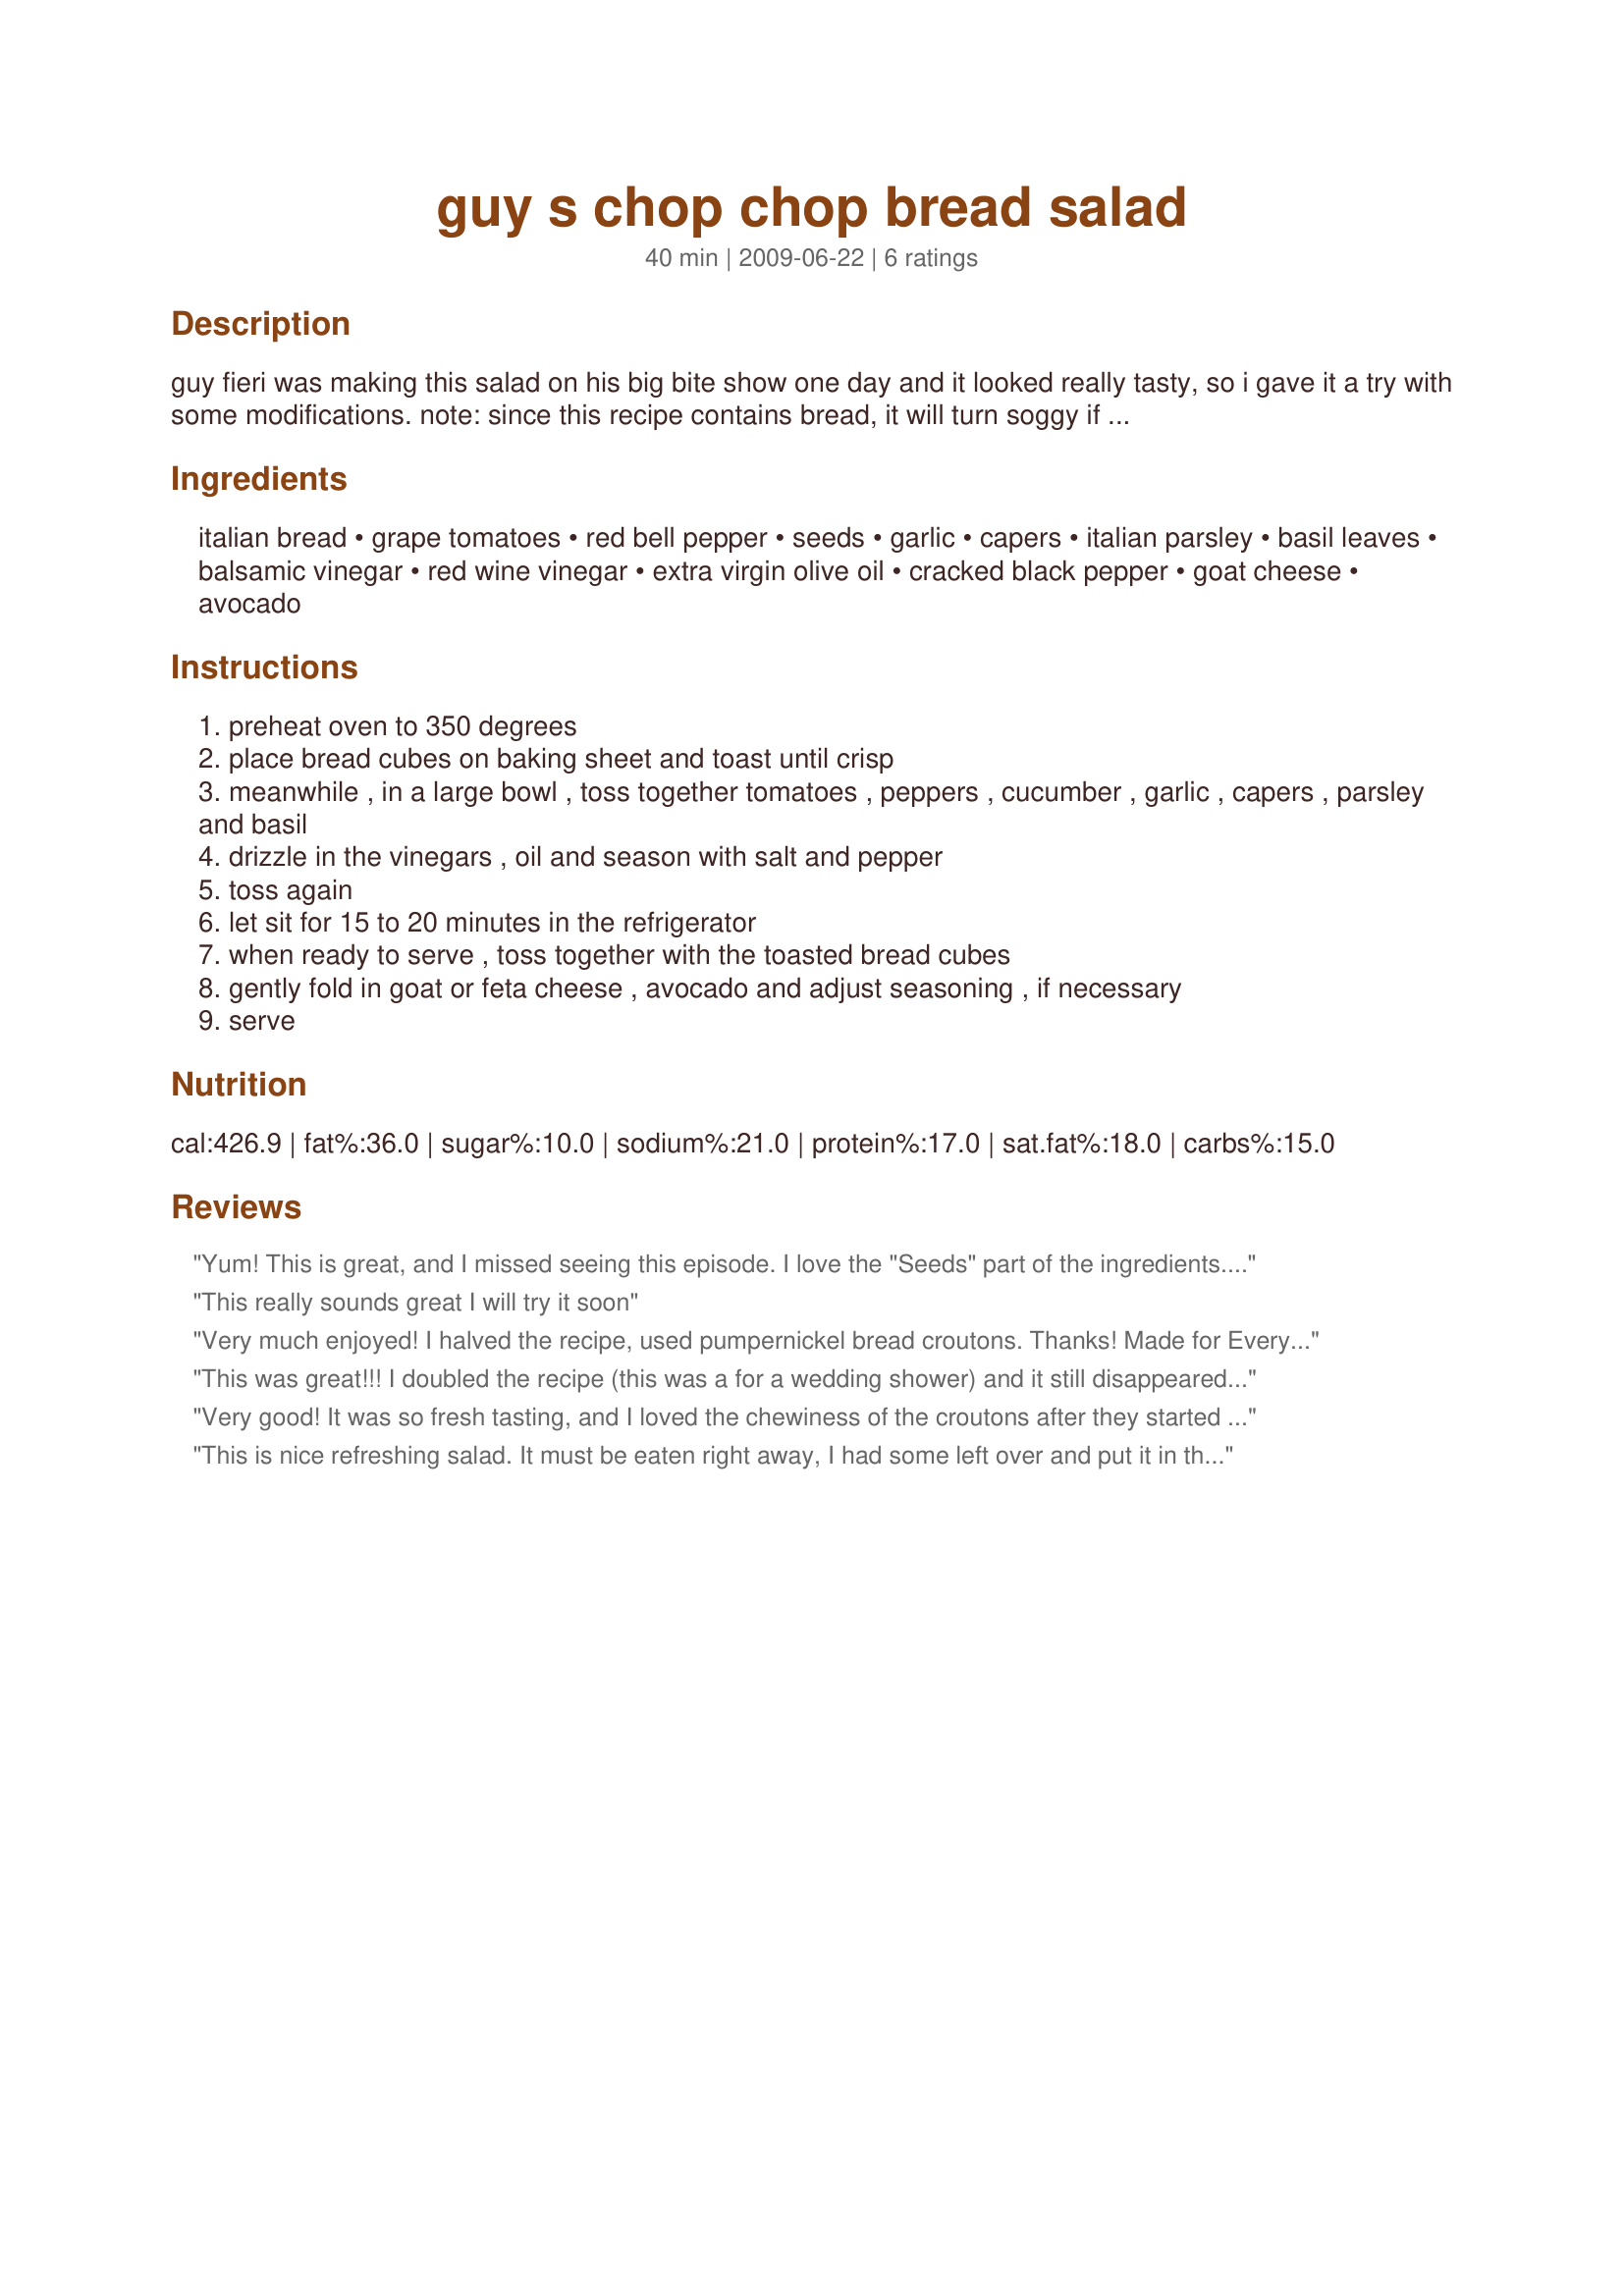
guy s chop chop bread salad
Preparation time: 40 minutes

guy fieri was making this salad on his big bite show one day and it looked really tasty, so i gave it a try with some modifications.
note: since this recipe contains bread, it will turn soggy if not consumed right away. if you like, you could serve the bread on the side and let the diners help themselves. also helps should there be any leftovers.

Ingredients:
italian bread, grape tomatoes, red bell pepper, seeds, garlic, capers, italian parsley, basil leaves, balsamic vinegar, red wine vinegar, extra virgin olive oil, cracked black pepper, goat cheese, avocado

Steps:
preheat oven to 350 degrees
place bread cubes on baking sheet and toast until crisp
meanwhile , in a large bowl , toss together tomatoes , peppers , cucumber , garlic , capers , parsley and basil
drizzle in the vinegars , oil and season with salt and pepper
toss again
let sit for 15 to 20 minutes in the refrigerator
when ready to serve , toss together with the toasted bread cubes
gently fold in goat or feta cheese , avocado and adjust seasoning , if necessary
serve

Reviews:
Yum! This is great, and I missed seeing this episode. I love the "Seeds" part of the ingredients. I had some fresh tomatoes coming in from our garden, so I replaced the grape tomatoes with these. Other then that, it all stayed the same, and I loved the little bread cubes and the salad was all crunchy, great, and really enjoyed this. I had blue cheese crumbles so used this in place of the feta. I really, really loved this and so glad you shared the recipe! An easy prep with great taste! made for *Everyday is a Holiday* July 2009
This really sounds great I will try it soon
Very much enjoyed! I halved the recipe, used pumpernickel bread croutons. Thanks! Made for Everyday is a Holiday tag. :)
This was great!!! I doubled the recipe (this was a for a wedding shower) and it still disappeared super quick! I left out the capers due to personal taste. This salad actually travels very well (we only went 30 minutes but still) just make everything (chop the veggies, toast the bread make the dressing etc) the night before except the avocado and assemble upon arrival! This would also make a great take for lunch salad because of that! Thanks for posting! Made for Holiday Tag April 2010!
Very good! It was so fresh tasting, and I loved the chewiness of the croutons after they started to soak up the vinegar mixture. I just used regular tomatoes, diced. I served it with Recipe #374903 and it made a nice, cool meal.
This is nice refreshing salad. It must be eaten right away, I had some left over and put it in the refrigerator and it was really soggy after a couple of hours. I will make this one again, with Lori mama's suggestion of "serving the bread cubes on the side and let people add as many as they want". Thanks for sharing :)
